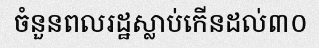
ចំនួនពលរដ្ឋស្លាប់កើនដល់៣០